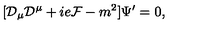
[ { \cal D } _ { \mu } { \cal D } ^ { \mu } + i e { \cal F } - m ^ { 2 } ] \Psi ^ { \prime } = 0 ,